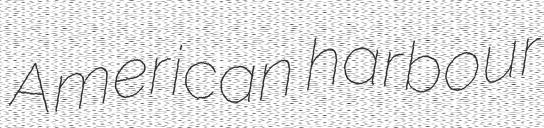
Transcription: American harbour